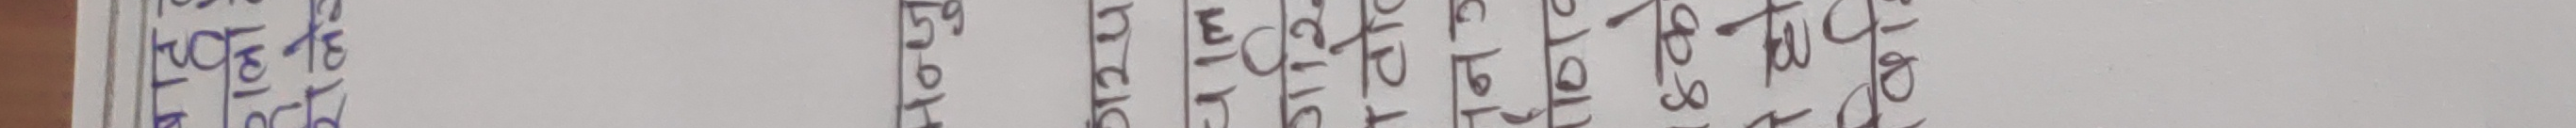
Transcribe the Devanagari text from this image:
पहिलो भाग
पटकथा
निर्देशक
सहायक निर्देशक
सम्पादक
छायाकार
कलर
एडिटर
रचयिता
निर्माता
कलाकार